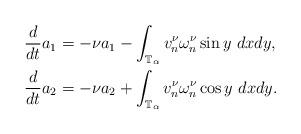
LaTeX: \begin{align*}\frac{d}{dt}a_{1} & =-\nu a_{1}-\int_{\mathbb{T}_{\alpha}}v_{n}^{\nu}\omega_{n}^{\nu}\sin y\ dxdy,\\\frac{d}{dt}a_{2} & =-\nu a_{2}+\int_{\mathbb{T}_{\alpha}}v_{n}^{\nu}\omega_{n}^{\nu}\cos y\ dxdy.\end{align*}